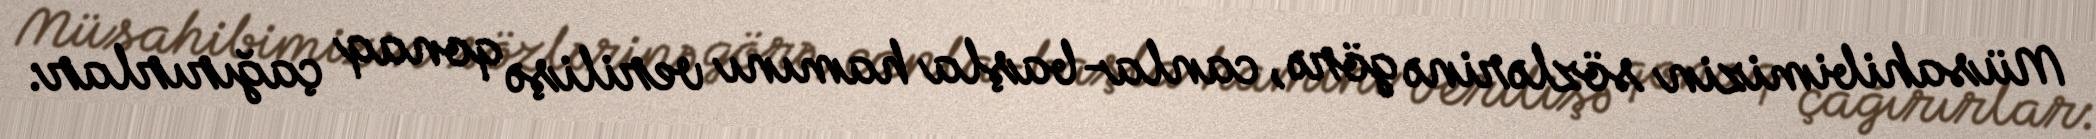
Müsahibimizin sözlərinə görə, canla-başla hamını verilişə qonaq çağırırlar: